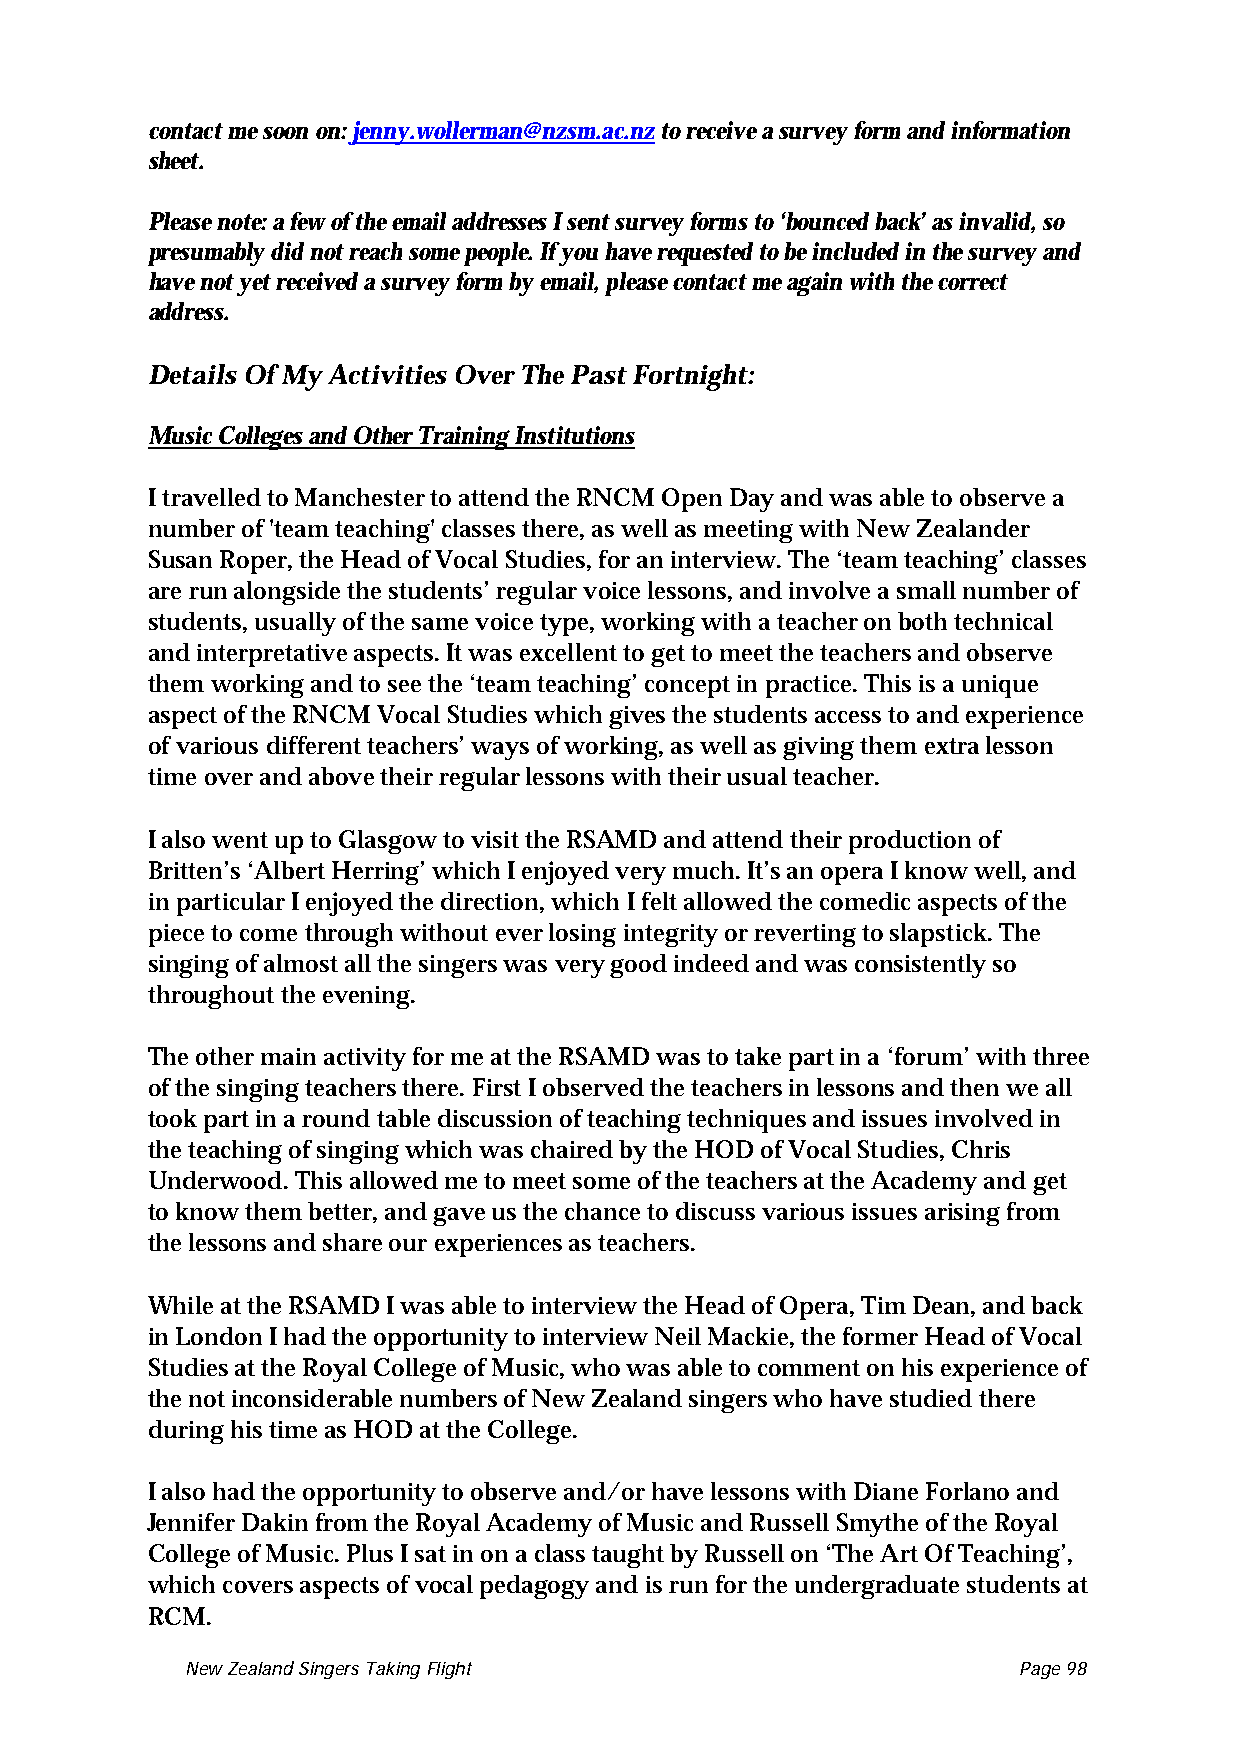
contact me soon on: jenny.wollerman@nzsm.ac.nz to receive a survey form and information
 sheet.
 Please note: a few of the email addresses I sent survey forms to ‘bounced back’ as invalid, so
 presumably did not reach some people. If you have requested to be included in the survey and
 have not yet received a survey form by email, please contact me again with the correct
 address.
 Details Of My Activities Over The Past Fortnight:
 Music Colleges and Other Training Institutions
 I travelled to Manchester to attend the RNCM Open Day and was able to observe a
 number of 'team teaching' classes there, as well as meeting with New Zealander
 Susan Roper, the Head of Vocal Studies, for an interview. The ‘team teaching’ classes
 are run alongside the students’ regular voice lessons, and involve a small number of
 students, usually of the same voice type, working with a teacher on both technical
 and interpretative aspects. It was excellent to get to meet the teachers and observe
 them working and to see the ‘team teaching’ concept in practice. This is a unique
 aspect of the RNCM Vocal Studies which gives the students access to and experience
 of various different teachers’ ways of working, as well as giving them extra lesson
 time over and above their regular lessons with their usual teacher.
 I also went up to Glasgow to visit the RSAMD and attend their production of
 Britten’s ‘Albert Herring’ which I enjoyed very much. It’s an opera I know well, and
 in particular I enjoyed the direction, which I felt allowed the comedic aspects of the
 piece to come through without ever losing integrity or reverting to slapstick. The
 singing of almost all the singers was very good indeed and was consistently so
 throughout the evening.
 The other main activity for me at the RSAMD was to take part in a ‘forum’ with three
 of the singing teachers there. First I observed the teachers in lessons and then we all
 took part in a round table discussion of teaching techniques and issues involved in
 the teaching of singing which was chaired by the HOD of Vocal Studies, Chris
 Underwood. This allowed me to meet some of the teachers at the Academy and get
 to know them better, and gave us the chance to discuss various issues arising from
 the lessons and share our experiences as teachers.
 While at the RSAMD I was able to interview the Head of Opera, Tim Dean, and back
 in London I had the opportunity to interview Neil Mackie, the former Head of Vocal
 Studies at the Royal College of Music, who was able to comment on his experience of
 the not inconsiderable numbers of New Zealand singers who have studied there
 during his time as HOD at the College.
 I also had the opportunity to observe and/or have lessons with Diane Forlano and
 Jennifer Dakin from the Royal Academy of Music and Russell Smythe of the Royal
 College of Music. Plus I sat in on a class taught by Russell on ‘The Art Of Teaching’,
 which covers aspects of vocal pedagogy and is run for the undergraduate students at
 RCM.
 New Zealand Singers Taking Flight Page 98